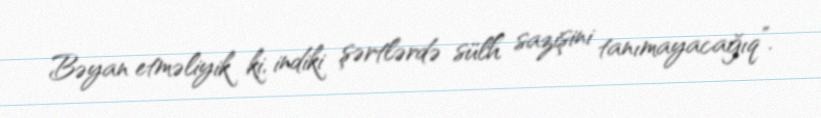
Bəyan etməliyik ki, indiki şərtlərdə sülh sazişini tanımayacağıq”.